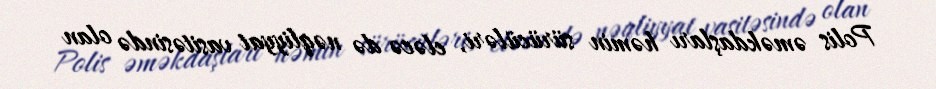
Polis əməkdaşları həmin sürücüləri, eləcə də nəqliyyat vasitəsində olan